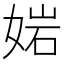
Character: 㛧